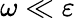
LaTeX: \omega\ll\varepsilon